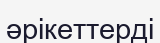
әрікеттерді